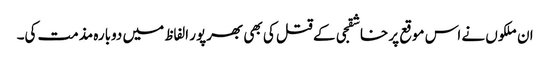
ان ملکوں نے اس موقع پر خاشقجی کے قتل کی بھی بھرپور الفاظ میں دوبارہ مذمت کی۔